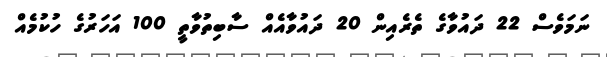
ނަމަވެސް 22 ދައުވާގެ ތެރެއިން 20 ދައުވާއެއް ސާބިތުވާތީ 100 އަހަރުގެ ހުކުމެއް